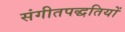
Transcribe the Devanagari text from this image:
संगीतपद्धतियों